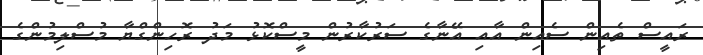
ރައީސް ތެއިން ސެއިން އާއި އޭނާގެ ސަރުކާރުން މީސްކޮޅު މަދު ރޮހިންގްޔާ މުސްލިމުންގެ